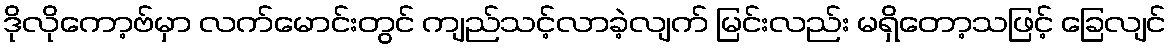
ဒိုလိုကော့ဗ်မှာ လက်မောင်းတွင် ကျည်သင့်လာခဲ့လျက် မြင်းလည်း မရှိတော့သဖြင့် ခြေလျင်